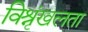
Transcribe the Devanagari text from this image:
विश्रृंखलता